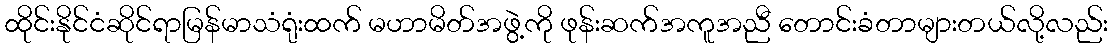
ထိုင်းနိုင်ငံဆိုင်ရာမြန်မာသံရုံးထက် မဟာမိတ်အဖွဲ့ကို ဖုန်းဆက်အကူအညီ တောင်းခံတာများတယ်လို့လည်း